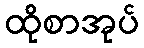
ထိုစာအုပ်